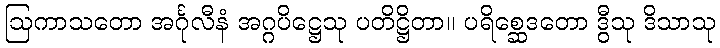
ဩကာသတော အင်္ဂုလီနံ အဂ္ဂပိဋ္ဌေသု ပတိဋ္ဌိတာ။ ပရိစ္ဆေဒတော ဒွီသု ဒိသာသု